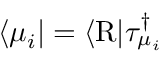
\begin{array} { r } { \langle \mu _ { i } \vert = \langle \mathrm { R } \vert \tau _ { \mu _ { i } } ^ { \dagger } } \end{array}